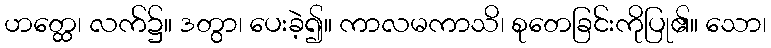
ဟတ္ထေ၊ လက်၌။ ဒတွာ၊ ပေးခဲ့၍။ ကာလမကာသိ၊ စုတေခြင်းကိုပြု၏။ သော၊